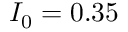
I _ { 0 } = 0 . 3 5